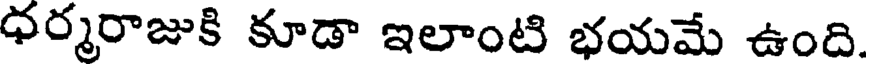
ధర్మరాజుకి కూడా ఇలాంటి భయమే ఉంది.